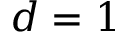
d = 1